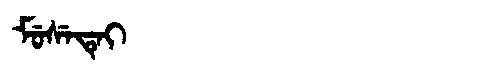
Manchu: ᠮᡠᠰᡝᡨᡝᡳ
Romanization: MUSETEI